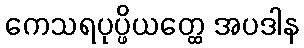
ကေသရပုပ္ဖိယတ္ထေ အပဒါန